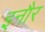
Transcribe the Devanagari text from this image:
इनौर